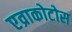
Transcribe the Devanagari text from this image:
एव्राकोटोस